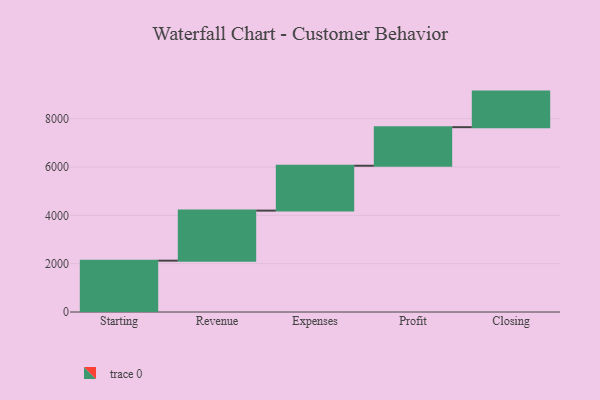
{"axis": {"x": "Step", "y": "Value"}, "legend": [""], "data": [{"x": "Starting", "y": 2124.0, "type": ""}, {"x": "Revenue", "y": 2072.0, "type": ""}, {"x": "Expenses", "y": 1856.0, "type": ""}, {"x": "Profit", "y": 1596.0, "type": ""}, {"x": "Closing", "y": 1472.0, "type": ""}]}